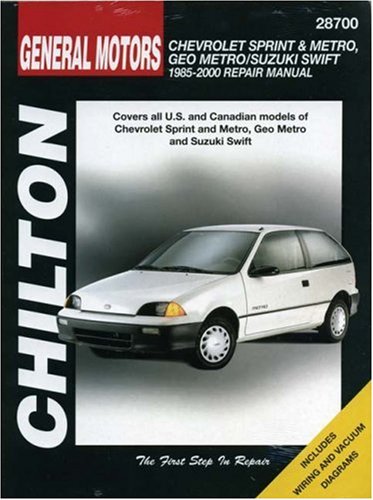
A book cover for Chevrolet Metro/Sprint/Swift, 1985-00 (Haynes Repair Manuals); Chilton; Engineering & Transportation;